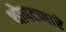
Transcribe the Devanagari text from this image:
थोपटणारे